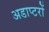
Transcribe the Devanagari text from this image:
अडाप्टरों